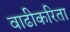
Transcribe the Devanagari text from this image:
वाढीकरिता